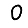
Digit: 0